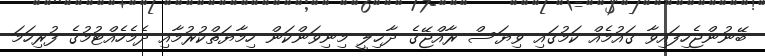
ބޭނުންޖެހިފައިވާ ގައުމެއް ކަމުގައި ވިޔަސް ރާއްޖޭގެ ދާޚިލީ މިނިވަންކަން ހިމާޔަތްކުރުމާއި ދެމެހެއްޓުމުގެ ފުރިހަމަ